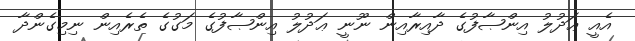
އެއީ ޢަދުލު އިންޞާފުގެ ދާއިރާއިން ނޫނީ ޢަދުލު އިންޞާފުގެ މަގުގެ ތެރެއިން ނިމިގެންދާ